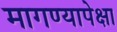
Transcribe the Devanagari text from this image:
मागण्यापेक्षा